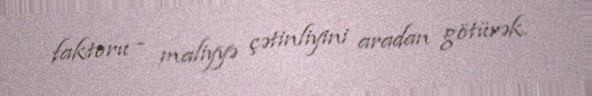
faktoru - maliyyə çətinliyini aradan götürək.